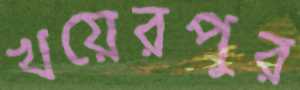
খয়েরপুর